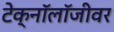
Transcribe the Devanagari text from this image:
टेक्नॉलॉजीवर